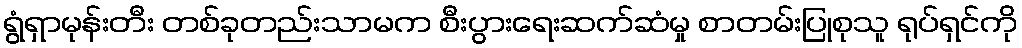
ရွံရှာမုန်းတီး တစ်ခုတည်းသာမက စီးပွားရေးဆက်ဆံမှု စာတမ်းပြုစုသူ ရုပ်ရှင်ကို